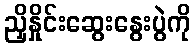
ညှိနှိုင်းဆွေးနွေးပွဲကို